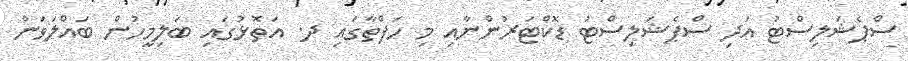
ސްޕެޝަލިސްޓު އަދި ސްޕެޝަލިސްޓު ޑޮކްޓަރުންނާއި މި ހަފްތާގައި ދ. އަތޮޅުގައި ބަލިމީހުން ބައްލަވަން